Calcutta medical institutions reports 1871-78
Year: 1871
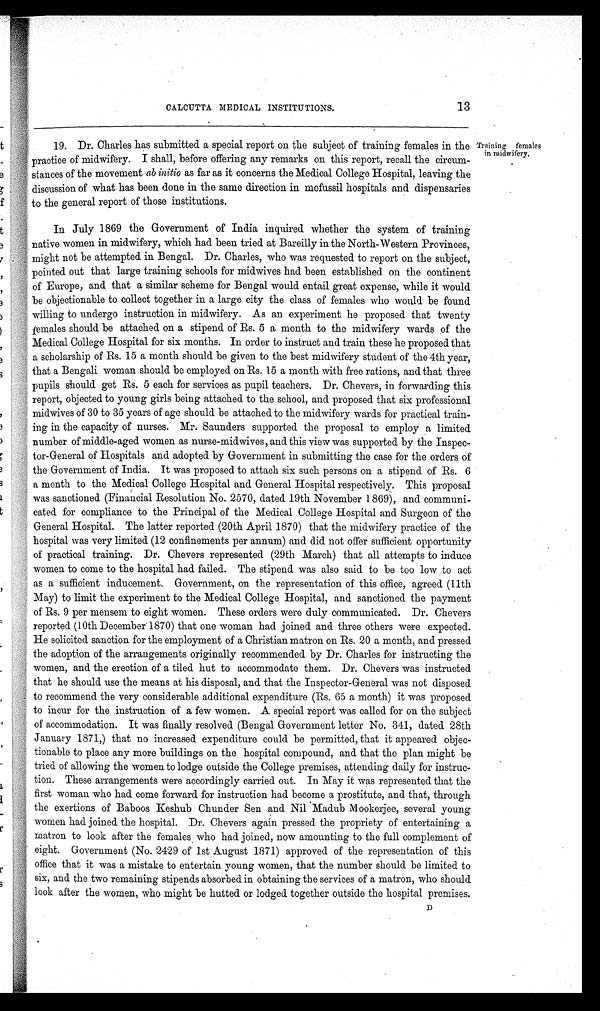
13
CALCUTTA MEDICAL INSTITUTIONS.
19. Dr. Charles has submitted a special report on the subject of training females in the
practice of midwifery. I shall, before offering any remarks on this report, recall the circum--
stances of the movement ab initio as far as it concerns the Medical College Hospital, leaving the
discussion of what has been done in the same direction in mofussil hospitals and dispensaries
to the general report of those institutions.
In July 1869 the Government of India inquired whether the system of training
native women in midwifery, which had been tried at Bareilly in the North-Western Provinces,
might not be attempted in Bengal. Dr. Charles, who was requested to report on the subject,
pointed out that large training schools for midwives had been established on the continent
of Europe, and that a similar scheme for Bengal would entail great expense, while it would
be objectionable to collect together in a large city the class of females who would be found
willing to undergo instruction in midwifery. As an experiment he proposed that twenty
females should be attached on a stipend of Rs. 5 a month to the midwifery wards of the
Medical College Hospital for six months. In order to instruct and train these he proposed that
a scholarship of Rs. 15 a month should be given to the best midwifery student of the 4th year,
that a Bengali woman should be employed on Rs. 15 a month with free rations, and that three
pupils should get Rs. 5 each for services as pupil teachers. Dr. Chevers, in forwarding this
report, objected to young girls being attached to the school, and proposed that six professional
midwives of 30 to 35 years of age should be attached to the midwifery wards for practical train--
ing in the capacity of nurses. Mr. Saunders supported the proposal to employ a limited
number of middle-aged women as nurse-midwives, and this view was supported by the Inspec--
tor-General of Hospitals and adopted by Government in submitting the case for the orders of
the Government of India. It was proposed to attach six such persons on a stipend of Rs. 6
a month to the Medical College Hospital and General Hospital respectively. This proposal
was sanctioned (Financial Resolution No. 2570, dated 19th November 1869), and communi--
cated for compliance to the Principal of the Medical College Hospital and Surgeon of the
General Hospital. The latter reported (20th April 1870) that the midwifery practice of the
hospital was very limited (12 confinements per annum) and did not offer sufficient opportunity
of practical training. Dr. Chevers represented (29th March) that all attempts to induce
women to come to the hospital had failed. The stipend was also said to be too low to act
as a sufficient inducement. Government, on the representation of this office, agreed (11th
May) to limit the experiment to the Medical College Hospital, and sanctioned the payment
of Rs. 9 per mensem to eight women. These orders were duly communicated. Dr. Chevers
reported (10th December 1870) that one woman had joined and three others were expected.
He solicited sanction for the employment of a Christian matron on Rs. 20 a month, and pressed
the adoption of the arrangements originally recommended by Dr. Charles for instructing the
women, and the erection of a tiled hut to accommodate them. Dr. Chevers was instructed
that he should use the means at his disposal, and that the Inspector-General was not disposed
to recommend the very considerable additional expenditure (Rs. 65 a month) it was proposed
to incur for the instruction of a few women. A special report was called for on the subject
of accommodation. It was finally resolved (Bengal Government letter No. 341, dated 28th
January 1871,) that no increased expenditure could be permitted, that it appeared objec--
tionable to place any more buildings on the hospital compound, and that the plan might be
tried of allowing the women to lodge outside the College premises, attending daily for instruc--
tion. These arrangements were accordingly carried out. In May it was represented that the
first woman who had come forward for instruction had become a prostitute, and that, through
the exertions of Baboos Keshub Chunder Sen and Nil Madub Mookerjee, several young
women had joined the hospital. Dr. Chevers again pressed the propriety of entertaining a
matron to look after the females who had joined, now amounting to the full complement of
eight. Government (No. 2429 of 1st August 1871) approved of the representation of this
office that it was a mistake to entertain young women, that the number should be limited to
six, and the two remaining stipends absorbed in obtaining the services of a matron, who should
look after the women, who might be hutted or lodged together outside the hospital premises. D
Training females
in midwifery.